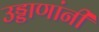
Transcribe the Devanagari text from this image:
उड्डाणांनी